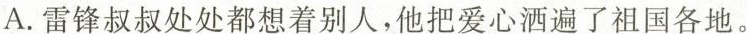
A.雷锋叔叔处处都想着别人，他把爱心洒遍了祖国各地。